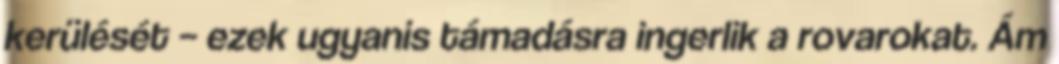
kerülését – ezek ugyanis támadásra ingerlik a rovarokat. Ám